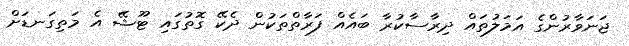
ޖަނަވާރުންގެ އަމަލުތައް ދިރާސާކުރާ ބައެއް ފަރާތްތަކުން ދެކޭ ގޮތުގައި ޓޫޝޭ އެ މަތިގަނޑަށް